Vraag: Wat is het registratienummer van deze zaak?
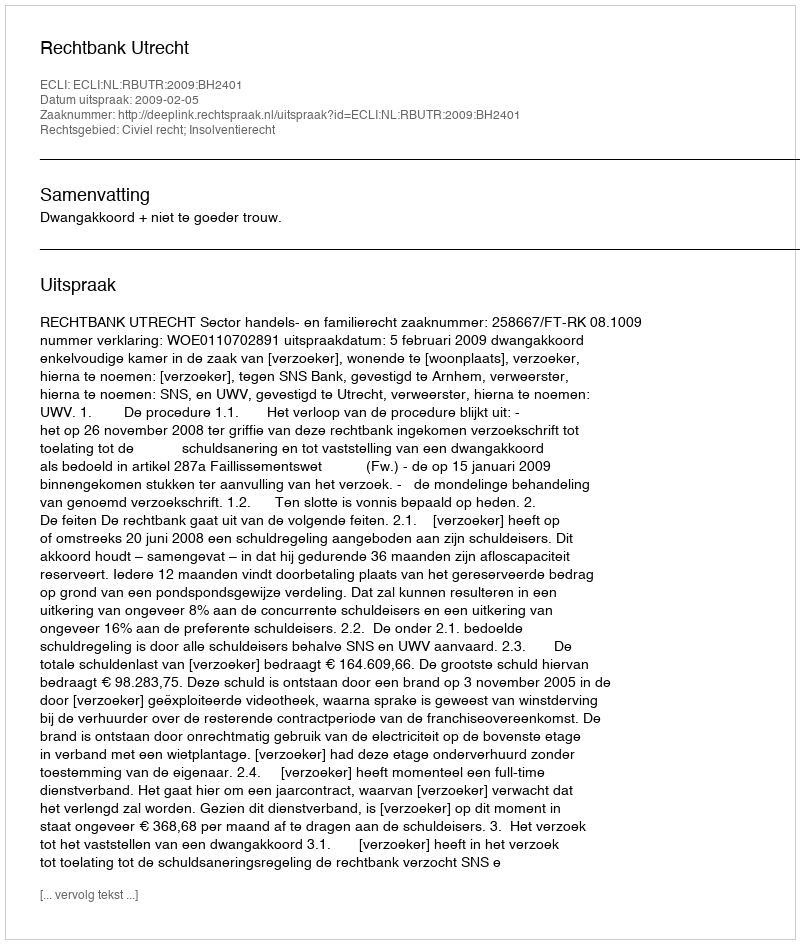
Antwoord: http://deeplink.rechtspraak.nl/uitspraak?id=ECLI:NL:RBUTR:2009:BH2401